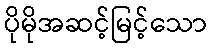
ပိုမိုအဆင့်မြင့်သော